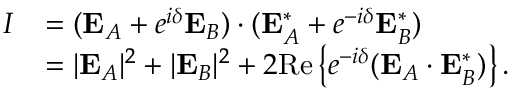
\begin{array} { r l } { I } & { = ( \mathbf { E } _ { A } + e ^ { i \delta } \mathbf { E } _ { B } ) \cdot ( \mathbf { E } _ { A } ^ { \ast } + e ^ { - i \delta } \mathbf { E } _ { B } ^ { \ast } ) } \\ & { = | \mathbf { E } _ { A } | ^ { 2 } + | \mathbf { E } _ { B } | ^ { 2 } + 2 \mathrm { R e } \left\{ e ^ { - i \delta } ( \mathbf { E } _ { A } \cdot \mathbf { E } _ { B } ^ { \ast } ) \right\} . } \end{array}